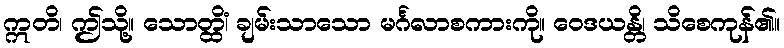
ဣတိ၊ ဤသို့။ သောတ္ထိံ၊ ချမ်းသာသော မင်္ဂလာစကားကို။ ဝေဒယန္တိ၊ သိစေကုန်၏။